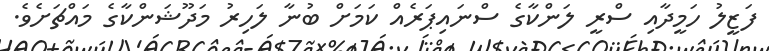
ފަޒީލު ހަމީދާއި ސްރީ ލަންކާގެ ސްނައިޕަރެއް ކަމަށް ބުނާ ލަހިރު މަދޫޝަންކާގެ މައްޗަށެވެ.